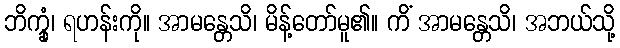
ဘိက္ခုံ၊ ရဟန်းကို။ အာမန္တေသိ၊ မိန့်တော်မူ၏။ ကိံ အာမန္တေသိ၊ အဘယ်သို့